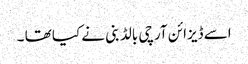
اسے ڈیزائن آرچی بالڈ بنی نے کیا تھا ۔